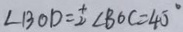
\angle B O D = \frac { 1 } { 2 } \angle B O C = 4 0 ^ { \circ }